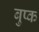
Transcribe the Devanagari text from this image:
बुप्क